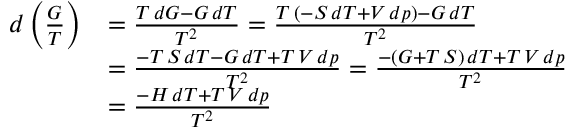
{ \begin{array} { r l } { d \left( { \frac { G } { T } } \right) } & { = { \frac { T \, d G - G \, d T } { T ^ { 2 } } } = { \frac { T \, ( - S \, d T + V \, d p ) - G \, d T } { T ^ { 2 } } } } \\ & { = { \frac { - T \, S \, d T - G \, d T + T \, V \, d p } { T ^ { 2 } } } = { \frac { - ( G + T \, S ) \, d T + T \, V \, d p } { T ^ { 2 } } } } \\ & { = { \frac { - H \, d T + T \, V \, d p } { T ^ { 2 } } } } \end{array} } \,